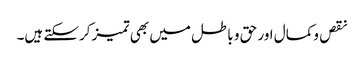
نقص وکمال اور حق و باطل میں بھی تمیز کرسکتے ہیں۔